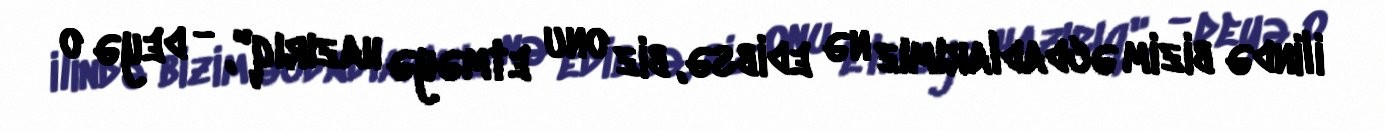
ilində bizim əcdadlarımız nə edibsə, biz onu etməyə hazırıq", - deyə o